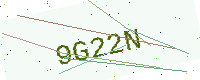
Text: 9G22N